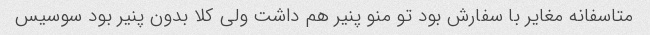
متاسفانه مغایر با سفارش بود تو منو پنیر هم داشت ولی کلا بدون پنیر بود سوسیس